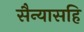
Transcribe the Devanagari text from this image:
सैन्यासहि